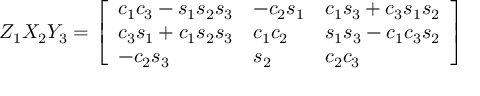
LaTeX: Z _ { 1 } X _ { 2 } Y _ { 3 } = { \left[ \begin{array} { l l l } { c _ { 1 } c _ { 3 } - s _ { 1 } s _ { 2 } s _ { 3 } } & { - c _ { 2 } s _ { 1 } } & { c _ { 1 } s _ { 3 } + c _ { 3 } s _ { 1 } s _ { 2 } } \\ { c _ { 3 } s _ { 1 } + c _ { 1 } s _ { 2 } s _ { 3 } } & { c _ { 1 } c _ { 2 } } & { s _ { 1 } s _ { 3 } - c _ { 1 } c _ { 3 } s _ { 2 } } \\ { - c _ { 2 } s _ { 3 } } & { s _ { 2 } } & { c _ { 2 } c _ { 3 } } \end{array} \right] }